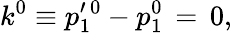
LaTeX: k^{0}\equiv p_{1}^{\prime\, 0}-p_{1}^{0}\, =\, 0,